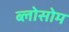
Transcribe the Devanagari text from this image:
ब्लोसोम